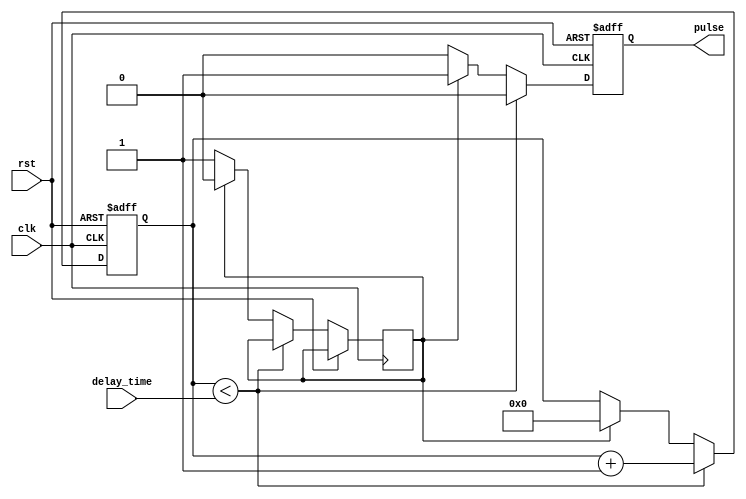
module Falling_Edge_Pulse_Generator (
    input wire clk, //clock input
    input wire rst, //reset signal
    input wire delay_time, //delay time input
    output reg pulse //output pulse signal
);

reg [31:0] counter;
reg sync_pulse;

always @ (posedge clk or posedge rst) begin
    if (rst) begin
        counter <= 0;
        pulse <= 0;
    end
    else begin
        if (counter < delay_time) begin
            counter <= counter + 1;
            pulse <= 0;
        end
        else begin
            if (sync_pulse) begin
                pulse <= 1;
                sync_pulse <= 0;
                counter <= 0;
            end
            else begin
                pulse <= 0;
                sync_pulse <= 1;
            end
        end
    end
end

endmodule